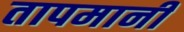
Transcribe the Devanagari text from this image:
तापमानी